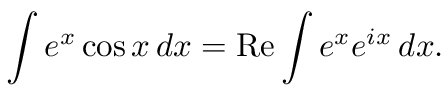
\int e ^ { x } \cos x \, d x = \operatorname { R e } \int e ^ { x } e ^ { i x } \, d x .